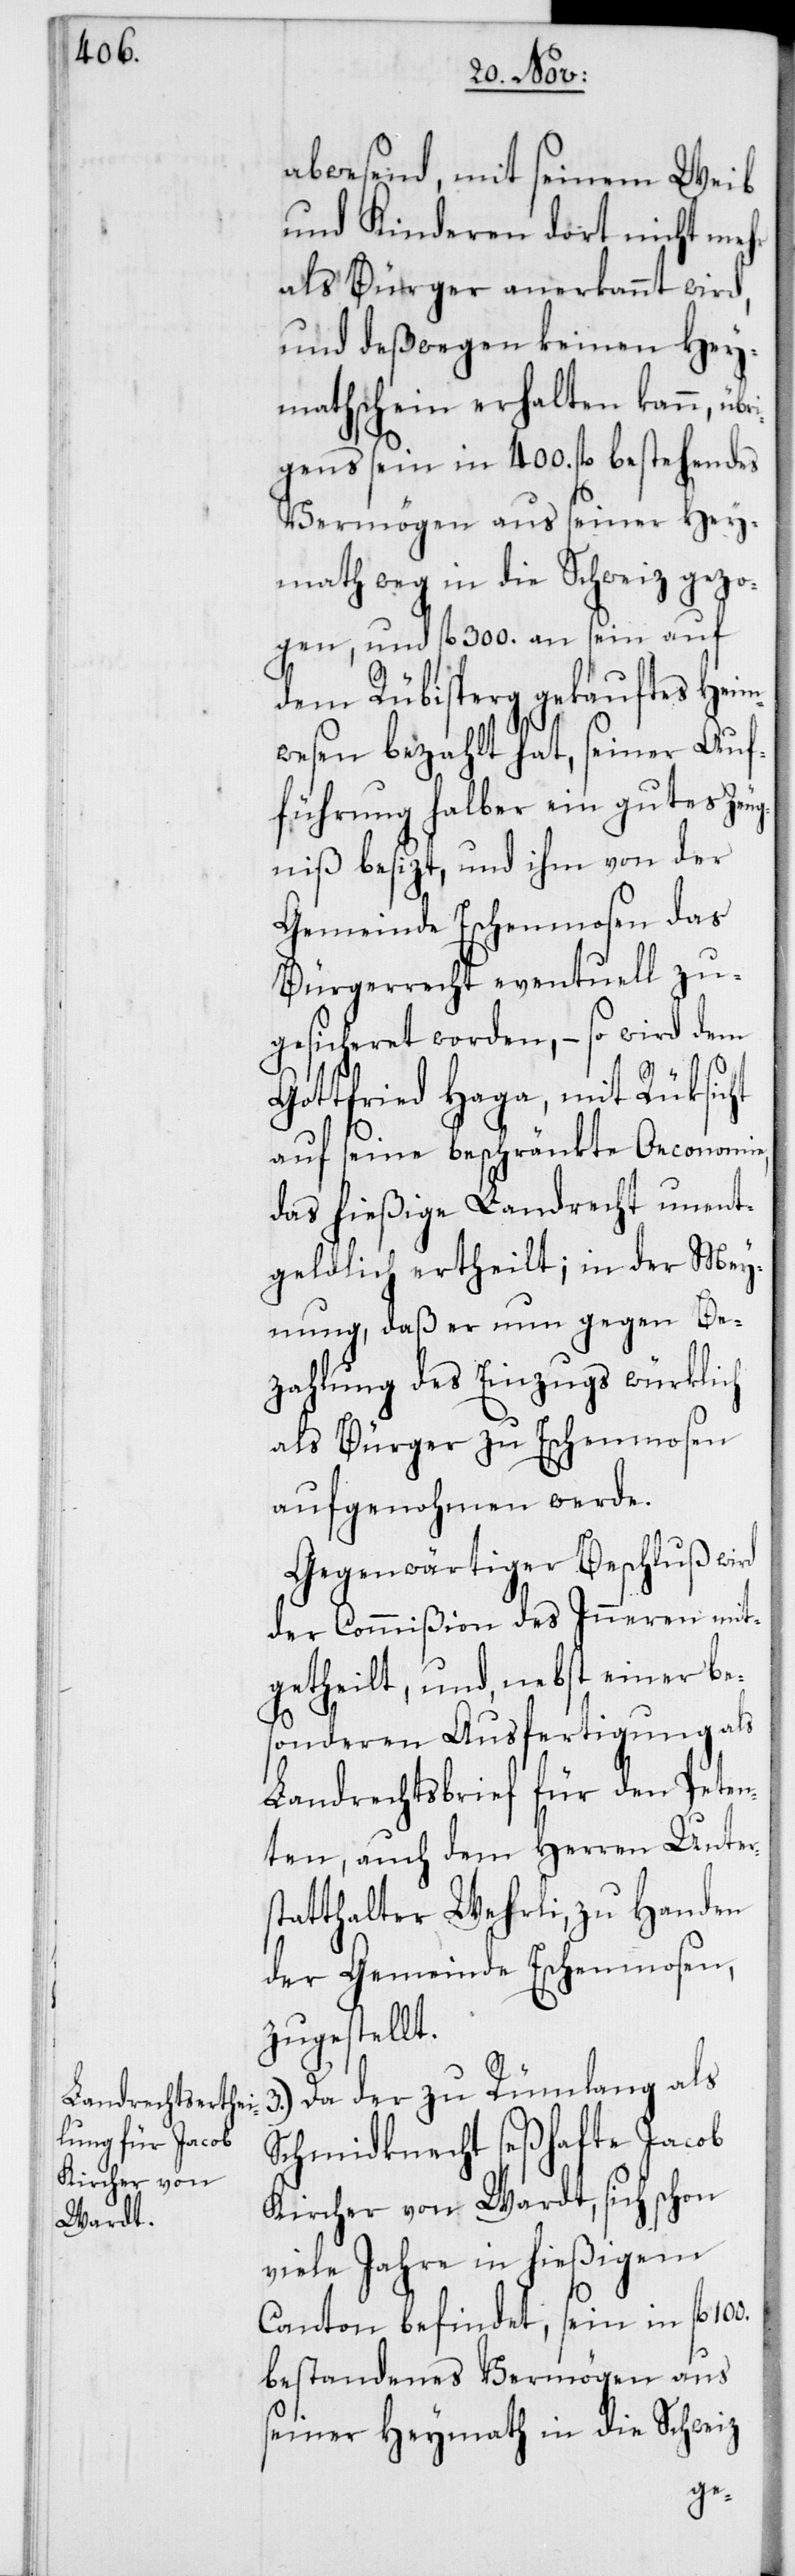
abwesend, mit seinem Weib
und Kinderen dort nicht mehr
als Bürger anerkannt wird,
und deswegen keinen Hey¬
mathschein erhalten kann, üb¬
rigens sein in 400. fl. bestehendes
Vermögen aus seiner Hey¬
math weg in die Schweiz gezo¬
gen, und fl. 300. an sein auf
dem Rübisperg gekauftes Heim¬
wesen bezahlt hat, seiner Auf¬
führung halber ein gutes Zeu¬
gniß besizt, und ihm von der
Gemeinde Eschenmosen das
Bürgerrecht eventuell zu¬
gesicheret worden, – so wird dem
Gottfried Haga, mit Rüksicht
auf seine beschränkte Oeconomie,
das hießige Landrecht unent¬
geldlich ertheilt; in der Mey¬
nung, daß er nun gegen Be¬
zahlung des Einzugs würklich
als Bürger zu Eschenmosen
aufgenohmen werde.
Gegenwärtiger Beschluß wird
der Commißion des Inneren mit¬
getheilt, und, nebst einer be¬
sonderen Ausfertigung als
Landrechtsbrief für den Peten¬
ten, auch dem Herren Unter¬
statthalter Wehrli, zu Handen
der Gemeinde Eschenmosen,
zugestellt.
3. Da der zu Rümlang als
Schmidknecht seßhafte Jacob
Kircher von Wardt, sich schon
viele Jahre in hießigem
Canton befindet, sein in fl.
bestandenes Vermögen aus
seiner Heymath in die Schweiz